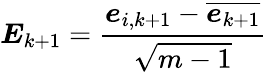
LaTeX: \boldsymbol{E}_{k+1}=\frac{\boldsymbol{e}_{i,k+1}-\overline{{\boldsymbol{e}_{k+1}}}}{\sqrt{m-1}}